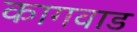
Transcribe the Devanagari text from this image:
कागवाड